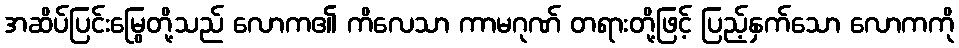
အဆိပ်ပြင်းမြွေတို့သည် လောက၏ ကိလေသာ ကာမဂုဏ် တရားတို့ဖြင့် ပြည့်နှက်သော လောကကို